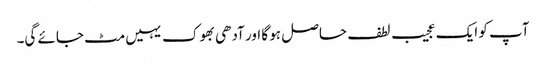
آپ کو ایک عجیب لطف حاصل ہو گا اور آدھی بھوک یہیں مٹ جائے گی۔